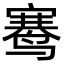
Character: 𬸣